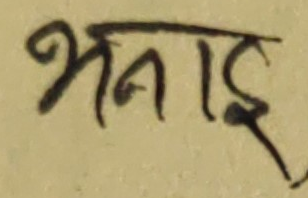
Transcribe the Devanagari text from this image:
भनाई